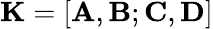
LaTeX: {\mathbf K}=[{\mathbf A},{\mathbf B};{\mathbf C},{\mathbf D}]